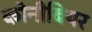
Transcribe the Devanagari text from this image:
कोनीबियर